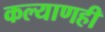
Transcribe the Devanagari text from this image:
कल्याणही